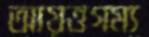
আয়ত্তগম্য